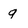
Character: g